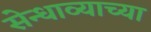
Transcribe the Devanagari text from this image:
सेन्धाव्याच्या